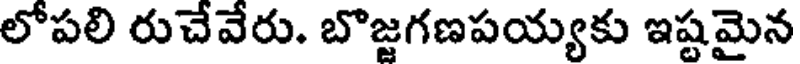
లోపలి రుచేవేరు. బొజ్జగణపయ్యకు ఇష్టమైన